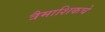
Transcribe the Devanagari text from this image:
त्रैमाशिकचे